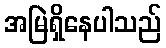
အမြဲရှိနေပါသည်